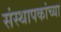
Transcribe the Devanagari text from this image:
संस्थापकांच्या